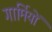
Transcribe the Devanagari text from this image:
गार्मियों